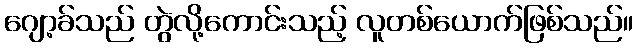
ဂျော့ခ်သည် တွဲလို့ကောင်းသည့် လူတစ်ယောက်ဖြစ်သည်။